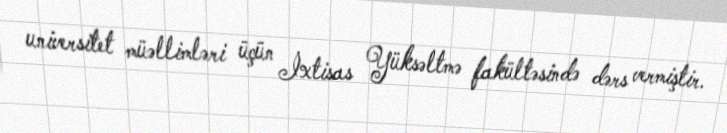
universitet müəllimləri üçün İxtisas Yüksəltmə fakültəsində dərs vermiştir.